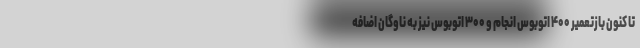
تا کنون بازتعمیر ۴۰۰ اتوبوس انجام و ۳۰۰ اتوبوس نیز به ناوگان اضافه